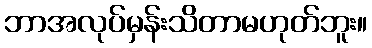
ဘာအလုပ်မှန်းသိတာမဟုတ်ဘူး။